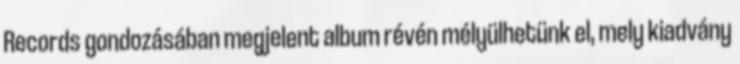
Records gondozásában megjelent album révén mélyülhetünk el, mely kiadvány